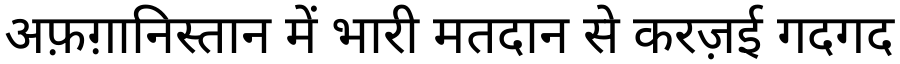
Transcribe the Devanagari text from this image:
अफ़ग़ानिस्तान में भारी मतदान से करज़ई गदगद